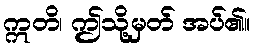
ဣတိ၊ ဤသို့မှတ် အပ်၏။